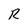
Character: R